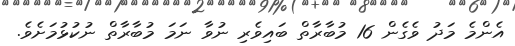
އެންމެ މަދު ވެގެން 16 މުބާރާތް ބައިވެރި ނުވާ ނަމަ މުބާރާތް ނުކުޅުމަށެވެ.